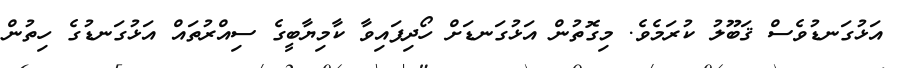
އަޅުގަނޑުވެސް ޤަބޫލު ކުރަމެވެ. މިގޮތުން އަޅުގަނޑަށް ހޯދިފައިވާ ކާމިޔާބީގެ ސިއްރުތައް އަޅުގަނޑުގެ ހިތުން